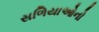
સળિયાઓનો